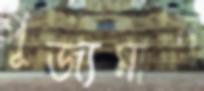
পূজ্যমান